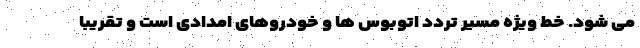
می شود. خط ویژه مسیر تردد اتوبوس ها و خودروهای امدادی است و تقریباً